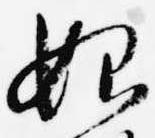
始